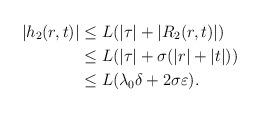
LaTeX: \begin{align*} |h_2(r,t)|& \leq L (|\tau|+|R_2(r,t)|) \\ & \leq L (|\tau|+ \sigma (|r|+|t|)) \\ &\leq L ( \lambda_0 \delta + 2\sigma \varepsilon ). \end{align*}